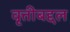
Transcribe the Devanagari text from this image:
वृत्तीबद्दल